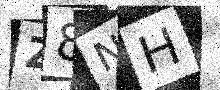
Text: Z8NH